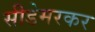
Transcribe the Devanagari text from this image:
सीडेमरकर